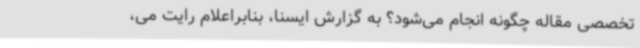
تخصصی مقاله چگونه انجام می‌شود؟ به گزارش ایسنا، بنابراعلام رایت می،